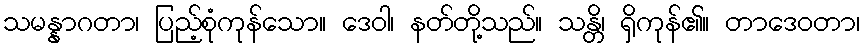
သမန္နာဂတာ၊ ပြည့်စုံကုန်သော။ ဒေဝါ၊ နတ်တို့သည်။ သန္တိ၊ ရှိကုန်၏။ တာဒေဝတာ၊